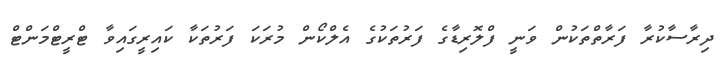
ދިރާސާކުރާ ފަރާތްތަކުން ވަނީ ފްލޮރިޑާގެ ފަރުތަކުގެ އެލްކޯން މުރަކަ ފަރުތަކާ ކައިރީގައިވާ ޓްރީޓްމަންޓް